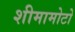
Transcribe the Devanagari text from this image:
शीमामोटो